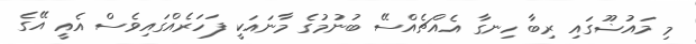
މި މައުޟޫގައި ރިބާ ހިނގާ އެއްޗެއްސޭ ބުނުމުގެ މާނައަކީ ފަހަރެއްގައިވެސް އެއީ އޭގެ